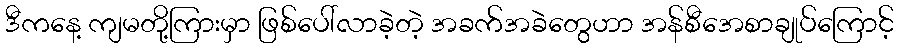
ဒီကနေ့ ကျမတို့ကြားမှာ ဖြစ်ပေါ်လာခဲ့တဲ့ အခက်အခဲတွေဟာ အန်စီအေစာချုပ်ကြောင့်